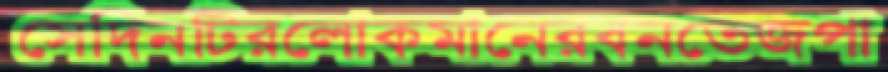
সেদিনটিরলোকমানেরবনতেজপা